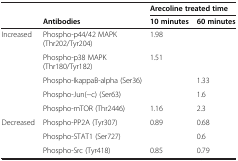
<table><thead><tr><td></td><td></td><td colspan="2"><b>Arecoline treated time</b></td></tr><tr><td></td><td><b>Antibodies</b></td><td><b>10 minutes</b></td><td><b>60 minutes</b></td></tr></thead><tbody><tr><td>Increased</td><td>Phospho-p44/42 MAPK (Thr202/Tyr204)</td><td>1.98</td><td></td></tr><tr><td></td><td>Phospho-p38 MAPK (Thr180/Tyr182)</td><td>1.51</td><td></td></tr><tr><td></td><td>Phospho-IkappaB-alpha (Ser36)</td><td></td><td>1.33</td></tr><tr><td></td><td>Phospho-Jun(−c) (Ser63)</td><td></td><td>1.6</td></tr><tr><td></td><td>Phospho-mTOR (Thr2446)</td><td>1.16</td><td>2.3</td></tr><tr><td>Decreased</td><td>Phospho-PP2A (Tyr307)</td><td>0.89</td><td>0.68</td></tr><tr><td></td><td>Phospho-STAT1 (Ser727)</td><td></td><td>0.6</td></tr><tr><td></td><td>Phospho-Src (Tyr418)</td><td>0.85</td><td>0.79</td></tr></tbody></table>